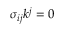
\sigma _ { i j } k ^ { j } = 0